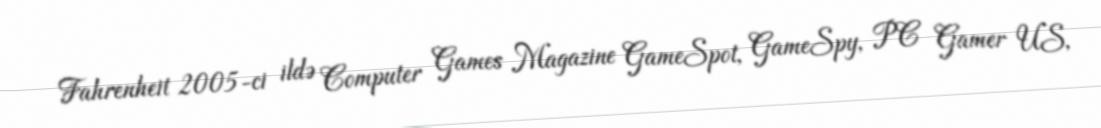
Fahrenheit 2005-ci ildə Computer Games Magazine GameSpot, GameSpy, PC Gamer US,